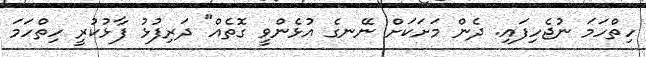
ހިތްހަމަ ނުޖެހިފައި. ދެން މަށަކަށް ނޭނގެ އުޅެންވީ ގޮތެއް" ދަރިފުޅު ފާޅުކުރީ ހިތްހަމަ